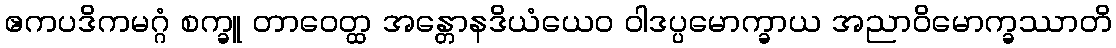
ဧကပဒိကမဂ္ဂံ စက္ခူ တာဝေတ္ထ အန္တောနဒိယံယေဝ ဝါဒပ္ပမောက္ခာယ အညာဝိမောက္ခဿာတိ